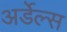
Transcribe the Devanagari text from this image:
अर्डेल्स